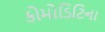
કોમોડિટિના